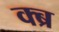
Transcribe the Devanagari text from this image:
क्ब्र